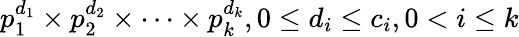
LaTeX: p_{1}^{d_{1}}\times p_{2}^{d_{2}}\times\cdots\times p_{k}^{d_{k}},0\leq d_{i}\leq c_{i},0<i\leq k